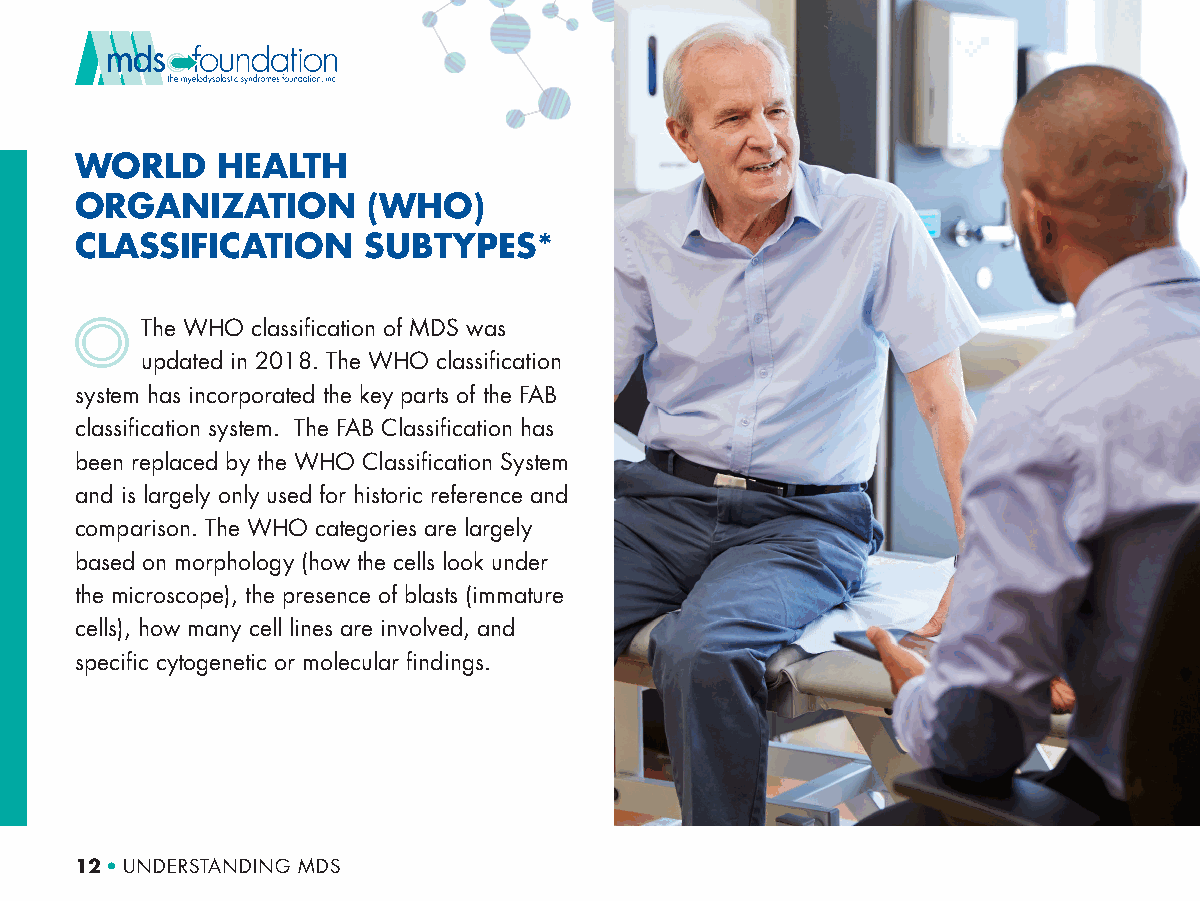
WORLD    HEALTH
 ORGANIZATION       (WHO)
 CLASSIFICATION     SUBTYPES*
 The WHO classification of MDS was
 updated in 2018. The WHO classification
 system has incorporated the key parts of the FAB
 classification system. The FAB Classification has
 been replaced by the WHO Classification System
 and is largely only used for historic reference and
 comparison. The WHO categories are largely
 based on morphology (how the cells look under
 the microscope), the presence of blasts (immature
 cells), how many cell lines are involved, and
 specific cytogenetic or molecular findings.
 12 • UNDERSTANDING MDS